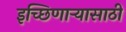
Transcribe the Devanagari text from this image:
इच्छिणाऱ्यासाठी